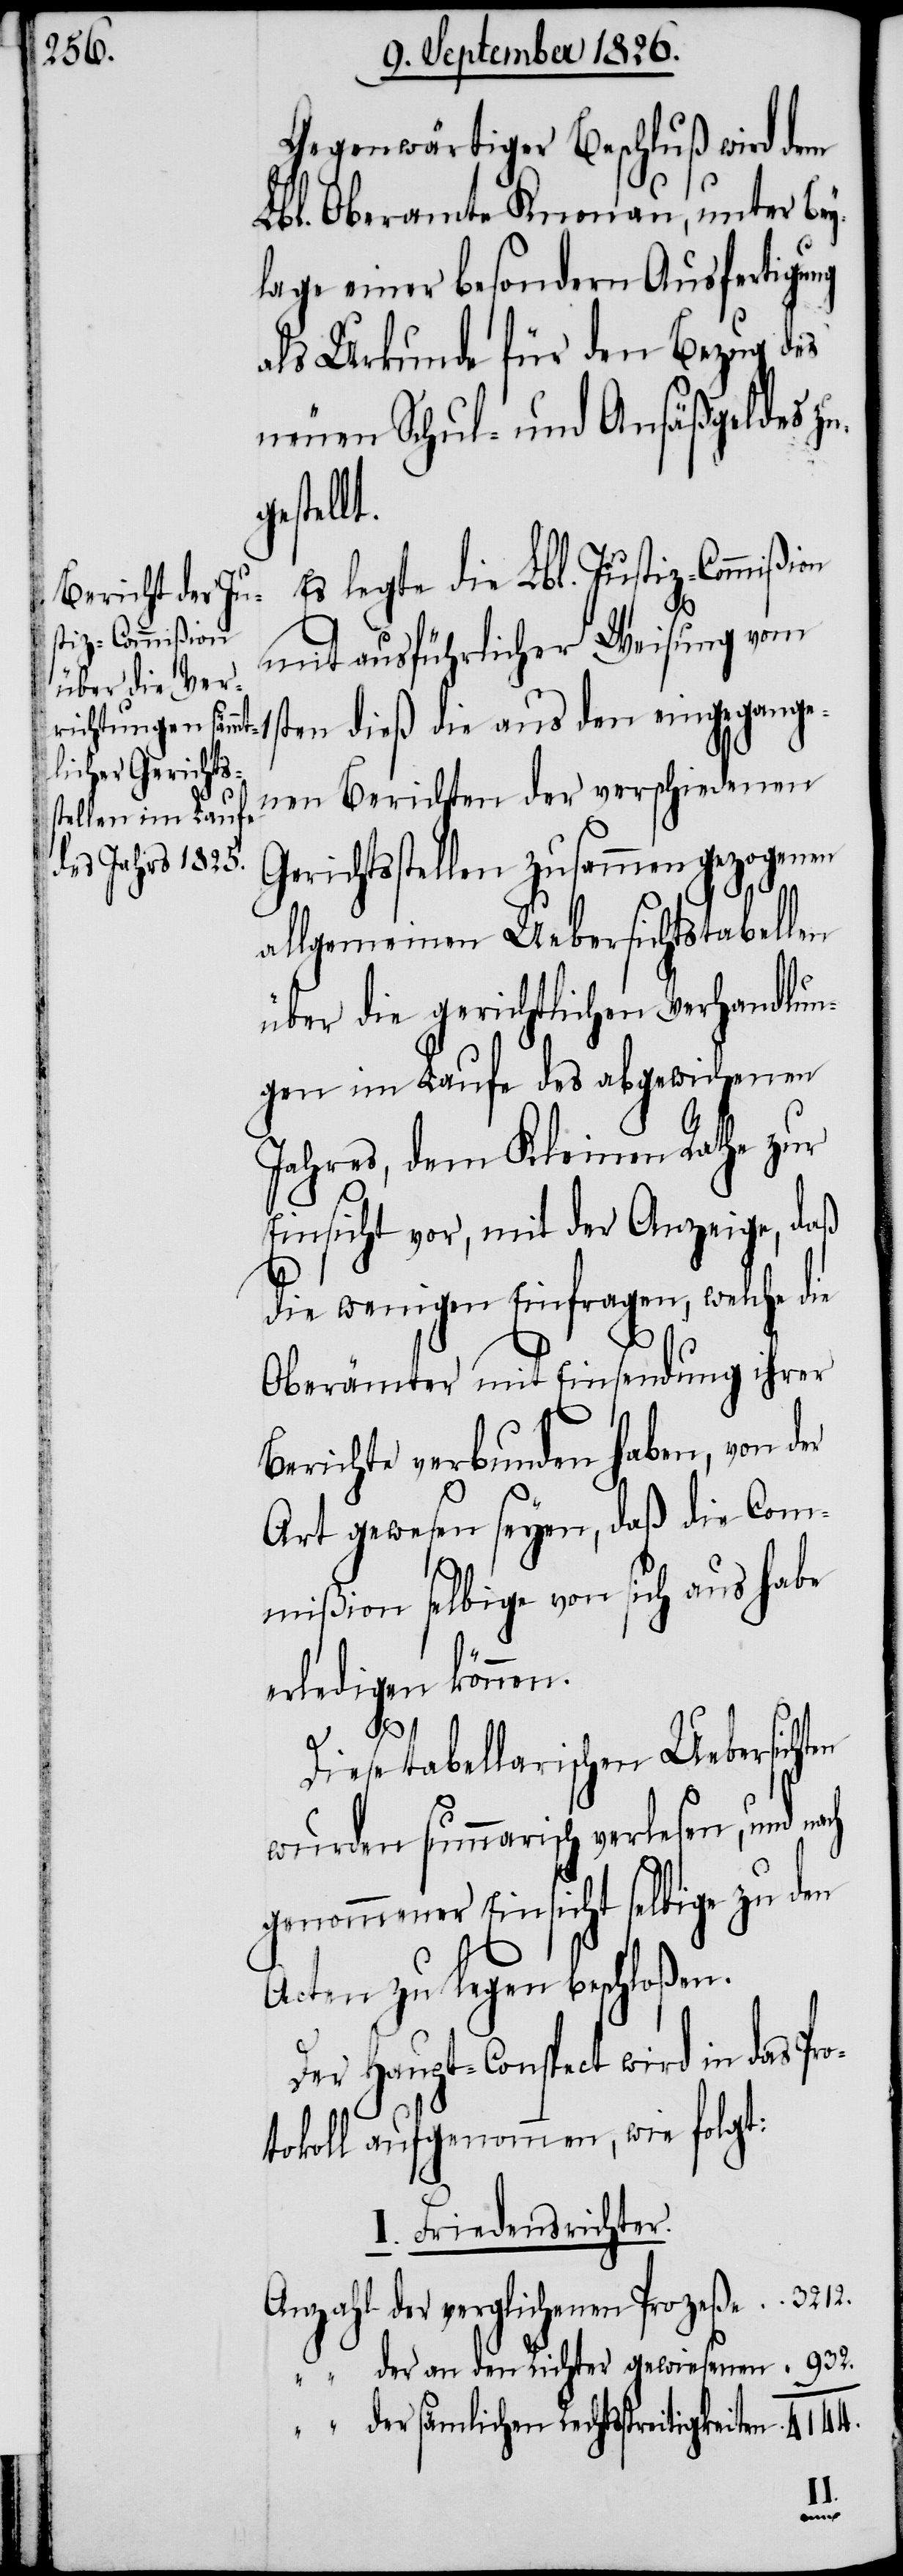
Gegenwärtiger Beschluß wird dem
Lbl. Oberamte Knonau, unter Bey¬
gung einer besondern Ausfertigung
als Urkunde für den Bezug des
neuen Schul- und Ansäßgeldes zu¬
estellt.
Es legte die Lbl. Justiz-Commißion
mit ausführlicher Weisung vom
die
allgemeinen Uebersichtstabellen
über die gerichtlichen Verhandlun¬
gen im Laufe des abgewichenen
Jahres, dem Kleinen Rathe zur
Einsicht vor, mit der Anzeige, daß
die wenigen Einfragen, welche die
Oberämter mit Einsendung ihrer
ch
Berichte verbunden haben, von der
Art gewesen seyen, daß die Com¬
mißion selbige von sich aus habe
erledigen können.
g¬
Diese tabellarischen Uebersichten
wurden summarisch verlesen, und na¬
genommener Einsicht selbiges zu den
Acten zu legen beschloßen.
Der Haupt-Conspect wird in das Pr¬
otokoll aufgenommen, wie folgt:
I. Friedensrichter.
3212.
der verglichenen Prozeße
932.
“
der an den Richter gewiesenen
der sämtlichen Rechtsstreitigke¬
4144.
iten